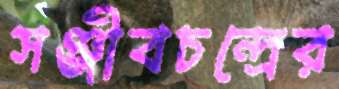
সঞ্জীবচন্দ্রের